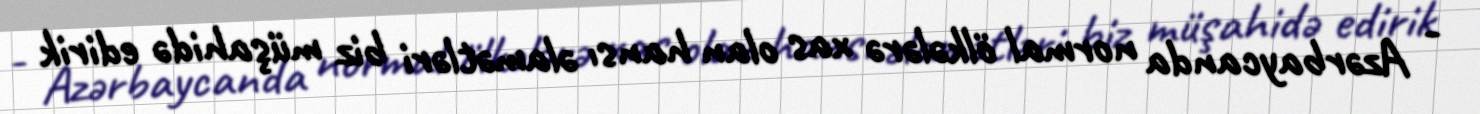
- Azərbaycanda normal ölkələrə xas olan hansı əlamətləri biz müşahidə edirik